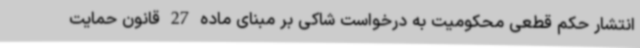
انتشار حکم قطعی محکومیت به درخواست شاکی بر مبنای ماده 27 قانون حمایت